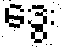
ဒွေး